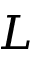
L